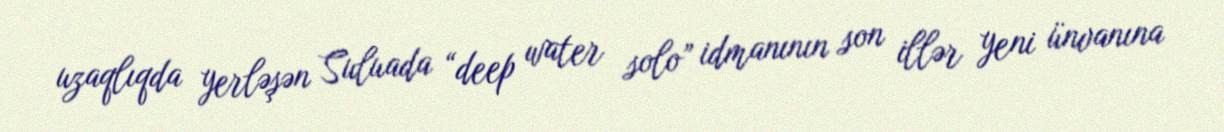
uzaqlıqda yerləşən Suluada “deep water solo” idmanının son illər yeni ünvanına